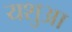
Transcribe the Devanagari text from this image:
यशुआ